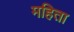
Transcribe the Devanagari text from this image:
महिता